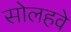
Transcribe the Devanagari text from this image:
सोलहवे